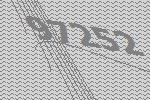
97252